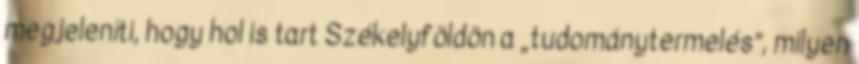
megjeleníti, hogy hol is tart Székelyföldön a „tudománytermelés”, milyen